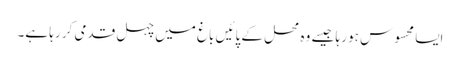
ایسا محسوس ہو رہا جیسے وہ محل کے پائیں باغ میں چہل قدمی کر رہا ہے۔